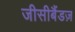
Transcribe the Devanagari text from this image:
जीसीबैंडज़